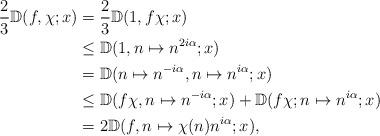
LaTeX: \begin{align*}\frac{2}{3} \mathbb{D} (f,\chi; x) &= \frac{2}{3} \mathbb{D} (1,f\chi; x) \\& \leq \mathbb{D}(1, n \mapsto n^{2i\alpha}; x) \\&= \mathbb{D}(n \mapsto n^{-i\alpha}, n \mapsto n^{i\alpha}; x) \\ & \leq \mathbb{D}(f\chi, n \mapsto n^{-i\alpha}; x)+ \mathbb{D}(f\chi; n \mapsto n^{i\alpha}; x) \\&= 2 \mathbb{D}(f, n \mapsto \chi(n) n^{i\alpha}; x),\end{align*}